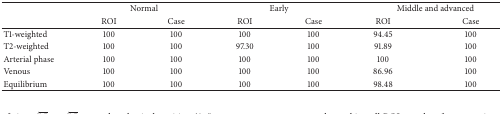
<table><thead><tr><td><b> </b></td><td colspan="2"><b>Normal</b></td><td colspan="2"><b>Early</b></td><td colspan="2"><b>Middle and advanced</b></td></tr><tr><td><b> </b></td><td><b>ROI </b></td><td><b>Case </b></td><td><b>ROI </b></td><td><b>Case </b></td><td><b>ROI </b></td><td><b>Case </b></td></tr></thead><tbody><tr><td>T1-weighted</td><td>100</td><td>100</td><td>100</td><td>100</td><td>94.45</td><td>100</td></tr><tr><td>T2-weighted</td><td>100</td><td>100</td><td>97.30</td><td>100</td><td>91.89</td><td>100</td></tr><tr><td>Arterial phase</td><td>100</td><td>100</td><td>100</td><td>100</td><td>100</td><td>100</td></tr><tr><td>Venous</td><td>100</td><td>100</td><td>100</td><td>100</td><td>86.96</td><td>100</td></tr><tr><td>Equilibrium</td><td>100</td><td>100</td><td>100</td><td>100</td><td>98.48</td><td>100</td></tr></tbody></table>